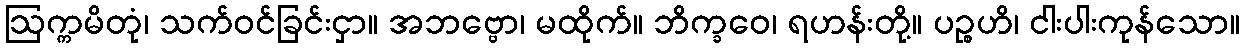
ဩက္ကမိတုံ၊ သက်ဝင်ခြင်းငှာ။ အဘဗ္ဗော၊ မထိုက်။ ဘိက္ခဝေ၊ ရဟန်းတို့။ ပဉ္စဟိ၊ ငါးပါးကုန်သော။